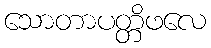
သောတာပတ္တိဖလေ